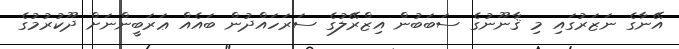
އޭނާގެ ނަޒަރުގައި މި ޤާނޫނުގެ ސަބަބުން އިޒްރޭލުގެ ސަރަހައްދުން ބައެއް ޢަރަބީންނަށް ދޫކުރުމުގެ